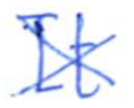
Text: It
Cross-out: cross
Writing tool: ballpoint